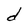
Character: d